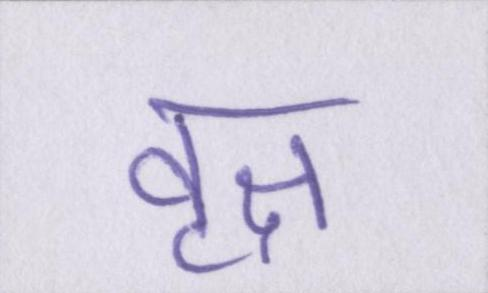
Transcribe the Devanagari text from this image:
वृक्ष